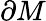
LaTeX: \partial M